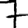
Digit: 7